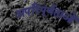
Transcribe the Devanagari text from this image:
अपरिपूर्णताओं